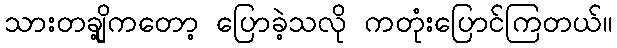
သားတချို့ကတော့ ပြောခဲ့သလို ကတုံးပြောင်ကြတယ်။